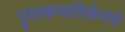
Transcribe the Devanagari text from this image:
पुस्तकमालिकेमधे